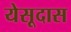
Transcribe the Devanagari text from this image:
येसूदास